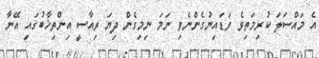
އެ މައްސަލަ ކުރިމަތިވެ ވަޑައިނުގެންނެވި ނަމަ ނިމިގެން ދިޔަ ރިއާސީ އިންތިޚާބުގައި އޭނާ